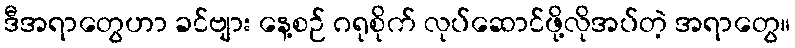
ဒီအရာတွေဟာ ခင်ဗျား နေ့စဉ် ဂရုစိုက် လုပ်ဆောင်ဖို့လိုအပ်တဲ့ အရာတွေ။